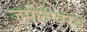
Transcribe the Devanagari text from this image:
जमीनीवरचे